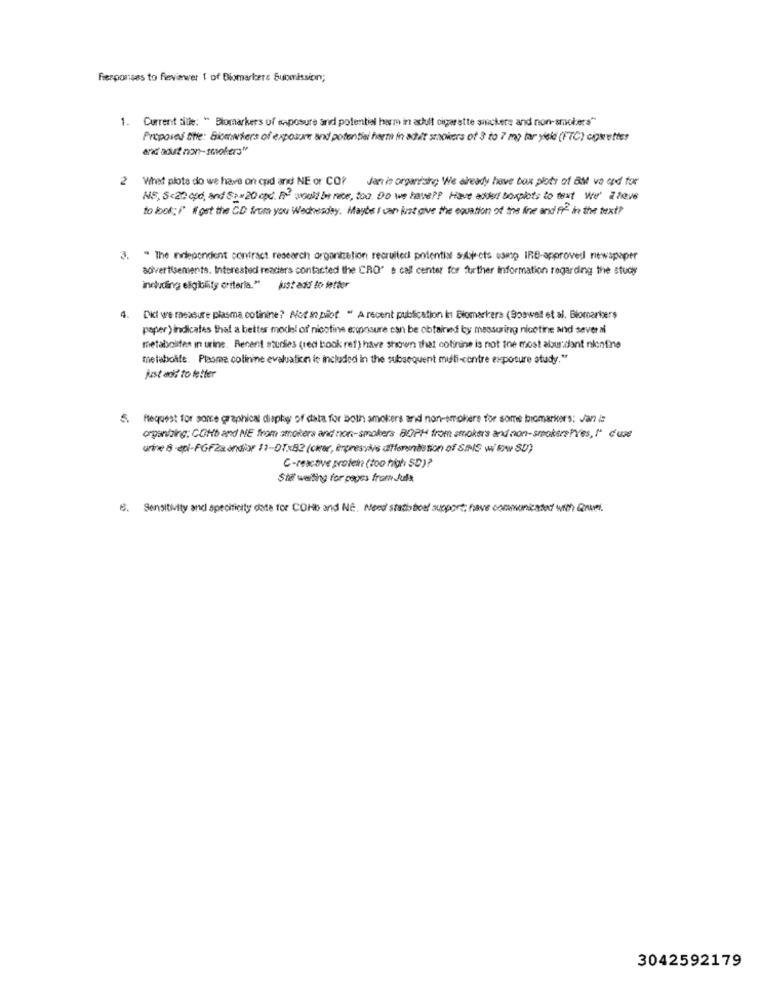
fresponses to fieviewer 1 of Biomarkers Submission;
1. Current sille: " Biomarkers of saposure and potential harm in acuff cigarette snickers and non-snickers"
Proposed the: Biomwiers of exposure and potential har in adult showers of 3 to 7 mg tar yield (FTC) cigmutter
and aout non-smokers"
2 What plots do we have on and and NE or COP Jan is organishe We already have box plots of Bal ve and for
NS, 5<20 cpd, and $ 2=20 opd. h2 would be nice, too. Do we have ?? Have added boxpots to text we' there
to look: " # get the CD from you Wednesday. Maybe I can just give the equation of the line and fr in the text?
3. ª The nilepondent contract research organization recruited potential subjects esmtp IRB-approved newspaper
advertisements. Interested readers contacted the CRO" e call center for further Information regarding the study
including eligibility criteria."
Just add to letter
4. Dit we rasasure plasma cotinine? Not in piot. " A recent publication in Biomarkers (Boswell et al, Blornariers
paper) indicates that a better model of nicotine enconsure can be obtained by measuring nicotine and sever of
metabolites in urine. Recent studies (red hook ref) have shown that cotinine is not the most alour:dant nionfine
metabolife. Plasma colinine evaluation is included in the subsequent multi-contre exposure study."
just add to letter
5. Request for some graphical display of data for both smokers and non-smokers for some bicmarioer's: Jan
organizing; COHb and ME from amokers and non-smokers BOPH from smokers and non-smokers?Yes, " case
urine 8 -epl-FGF2xondior 11-DTx82 (cker, èrpresais differentistion of SINS wi FA 80)
C-reactive protein (too high 5D)?
Stil waiting for pepes from Juls
8. Sensitivity and specificity date for COMO and NE. Need stath bod support, have communicated with Que.
3042592179